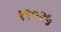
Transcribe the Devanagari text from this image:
१९०२५